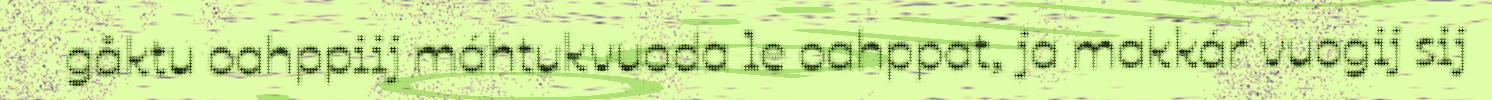
gåktu oahppiij máhtukvuoda le oahppat, ja makkár vuogij sij